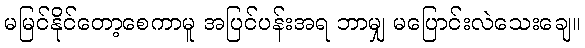
မမြင်နိုင်တော့စေကာမူ အပြင်ပန်းအရ ဘာမျှ မပြောင်းလဲသေးချေ။